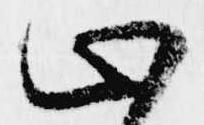
止